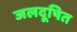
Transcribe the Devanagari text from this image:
जलदूषित